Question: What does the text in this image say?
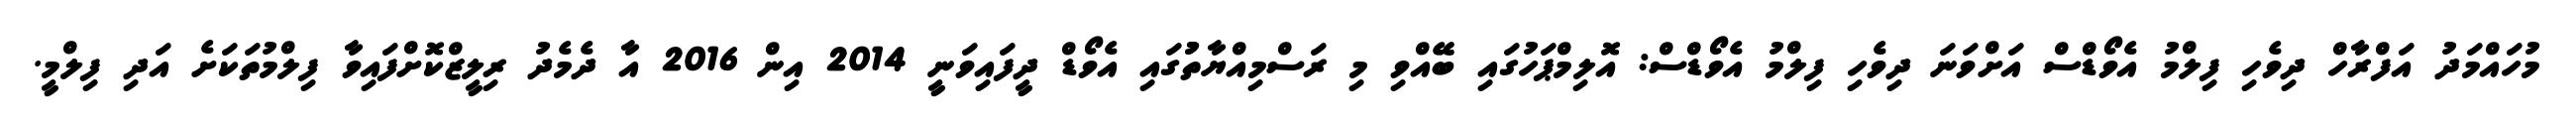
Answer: މުހައްމަދު އަފްރާހް ދިވެހި ފިލްމު އެވޯޑްސް އަށްވަނަ ދިވެހި ފިލްމު އެވޯޑްސް: އޮލިމްޕަހުގައި ބޭއްވި މި ރަސްމިއްޔާތުުގައި އެވޯޑް ދީފައިވަނީ 2014 އިން 2016 އާ ދެމެދު ރިލީޒްކޮށްފައިވާ ފިލްމުތަކަށެ އަދި ފިލްމީ.